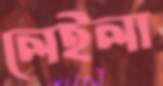
লেইলা